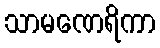
သာမဏေရိကာ